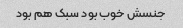
جنسش خوب بود سبک هم بود